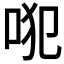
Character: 𠱍